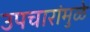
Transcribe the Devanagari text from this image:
उपचारांमुळे